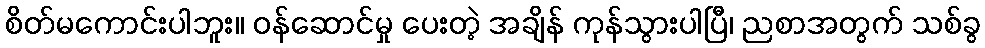
စိတ်မကောင်းပါဘူး။ ဝန်ဆောင်မှု ပေးတဲ့ အချိန် ကုန်သွားပါပြီ၊ ညစာအတွက် သစ်ခွ